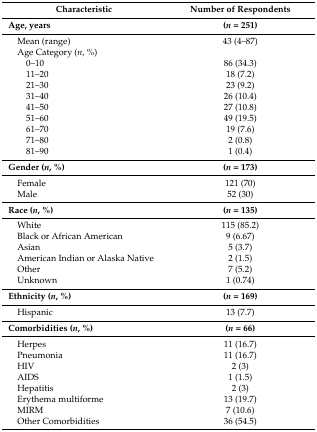
<table><thead><tr><td><b>Characteristic</b></td><td><b>Number of Respondents</b></td></tr></thead><tbody><tr><td><b>Age, years</b></td><td><b>(<i>n</i> = 251)</b></td></tr><tr><td> Mean (range)</td><td>43 (4–87)</td></tr><tr><td> Age Category (<i>n</i>, %)</td><td></td></tr><tr><td>0–10</td><td>86 (34.3)</td></tr><tr><td>11–20</td><td>18 (7.2)</td></tr><tr><td>21–30</td><td>23 (9.2)</td></tr><tr><td>31–40</td><td>26 (10.4)</td></tr><tr><td>41–50</td><td>27 (10.8)</td></tr><tr><td>51–60</td><td>49 (19.5)</td></tr><tr><td>61–70</td><td>19 (7.6)</td></tr><tr><td>71–80</td><td>2 (0.8)</td></tr><tr><td>81–90</td><td>1 (0.4)</td></tr><tr><td><b>Gender (<i>n</i>, %)</b></td><td><b>(<i>n</i> = 173)</b></td></tr><tr><td> Female</td><td>121 (70)</td></tr><tr><td> Male</td><td>52 (30)</td></tr><tr><td><b>Race (<i>n</i>, %)</b></td><td><b>(<i>n</i> = 135)</b></td></tr><tr><td> White</td><td>115 (85.2)</td></tr><tr><td> Black or African American</td><td>9 (6.67)</td></tr><tr><td> Asian</td><td>5 (3.7)</td></tr><tr><td> American Indian or Alaska Native</td><td>2 (1.5)</td></tr><tr><td> Other</td><td>7 (5.2)</td></tr><tr><td> Unknown</td><td>1 (0.74)</td></tr><tr><td><b>Ethnicity (<i>n</i>, %)</b></td><td><b>(<i>n</i> = 169)</b></td></tr><tr><td> Hispanic</td><td>13 (7.7)</td></tr><tr><td><b>Comorbidities (<i>n</i>, %)</b></td><td><b>(<i>n</i> = 66)</b></td></tr><tr><td> Herpes</td><td>11 (16.7)</td></tr><tr><td> Pneumonia</td><td>11 (16.7)</td></tr><tr><td> HIV</td><td>2 (3)</td></tr><tr><td> AIDS</td><td>1 (1.5)</td></tr><tr><td> Hepatitis</td><td>2 (3)</td></tr><tr><td> Erythema multiforme</td><td>13 (19.7)</td></tr><tr><td> MIRM</td><td>7 (10.6)</td></tr><tr><td> Other Comorbidities</td><td>36 (54.5)</td></tr></tbody></table>